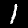
Digit: 1